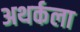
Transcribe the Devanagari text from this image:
अथर्कला